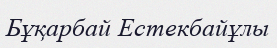
Бұқарбай Естекбайұлы